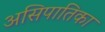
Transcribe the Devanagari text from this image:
असिपातिका